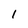
Character: 1